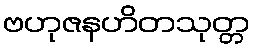
ဗဟုဇနဟိတသုတ္တ